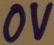
Text: 0V